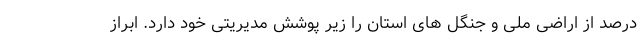
درصد از اراضی ملی و جنگل های استان را زیر پوشش مدیریتی خود دارد. ابراز